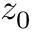
z _ { 0 }